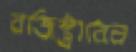
রজিস্ট্রারের